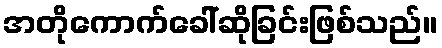
အတိုကောက်ခေါ်ဆိုခြင်းဖြစ်သည်။